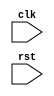
module synchronous_reset (
    input wire clk,
    input wire rst,
    // other inputs and outputs
);

// State register
reg [7:0] state;

always @ (posedge rst) begin
    if (rst) begin
        // Reset logic here
        state <= 8'b00000000; // Initializing state to 0
    end
end

// Other logic for the design

endmodule